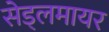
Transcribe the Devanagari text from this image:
सेड्लमायर